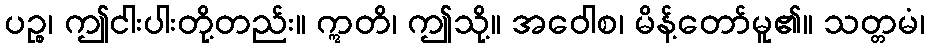
ပဉ္စ၊ ဤငါးပါးတို့တည်း။ ဣတိ၊ ဤသို့။ အဝေါစ၊ မိန့်တော်မူ၏။ သတ္တမံ၊